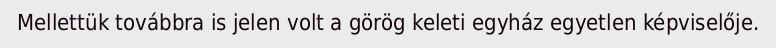
Mellettük továbbra is jelen volt a görög keleti egyház egyetlen képviselője.